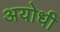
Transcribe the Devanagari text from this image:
अयोधी